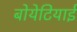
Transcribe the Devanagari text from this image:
बोयेटियाई